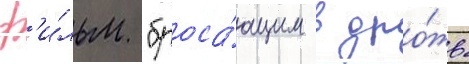
ф'и́льм "броса́ющим в дро́жь